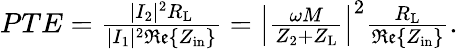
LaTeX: \begin{array}{r}{{PTE}=\frac{|I_{2}|^{2}R_{\mathrm{L}}}{|I_{1}|^{2}\mathfrak{Re}\{ Z_{\mathrm{in}}\} }=\left|\frac{\omega M}{Z_{2}+Z_{\mathrm{L}}}\right|^{2}\frac{R_{\mathrm{L}}}{\mathfrak{Re}\{ Z_{\mathrm{in}}\} }.}\end{array}